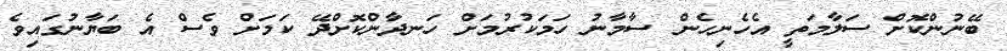
ބޭނުންކޮށް ސަލާމަތީ އެހެނިހެން ސާމާނު ހަމަކުރުމަށް ހަނދާންކޮށްދޭ ކަމަށް ވެސް އެ ބަޔާނުގައިވެ